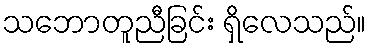
သဘောတူညီခြင်း ရှိလေသည်။